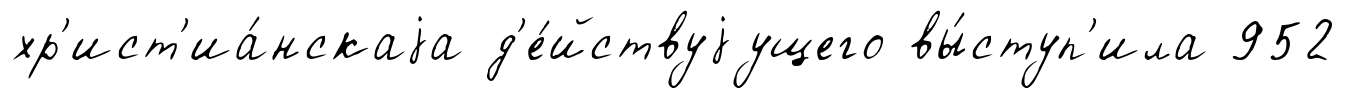
хр'ист'иа́нскаjа д'е́йствуjущего вы́ступ'ила 952